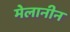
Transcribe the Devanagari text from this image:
मेलानीन